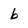
Character: b